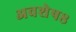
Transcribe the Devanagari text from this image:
अवशेष८